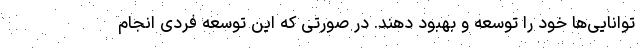
توانایی‌ها خود را توسعه و بهبود دهند. در صورتی که این توسعه فردی انجام